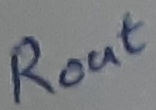
Text: ROUT